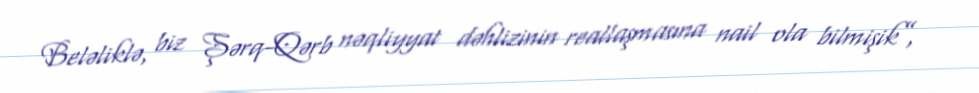
Beləliklə, biz Şərq-Qərb nəqliyyat dəhlizinin reallaşmasına nail ola bilmişik”,